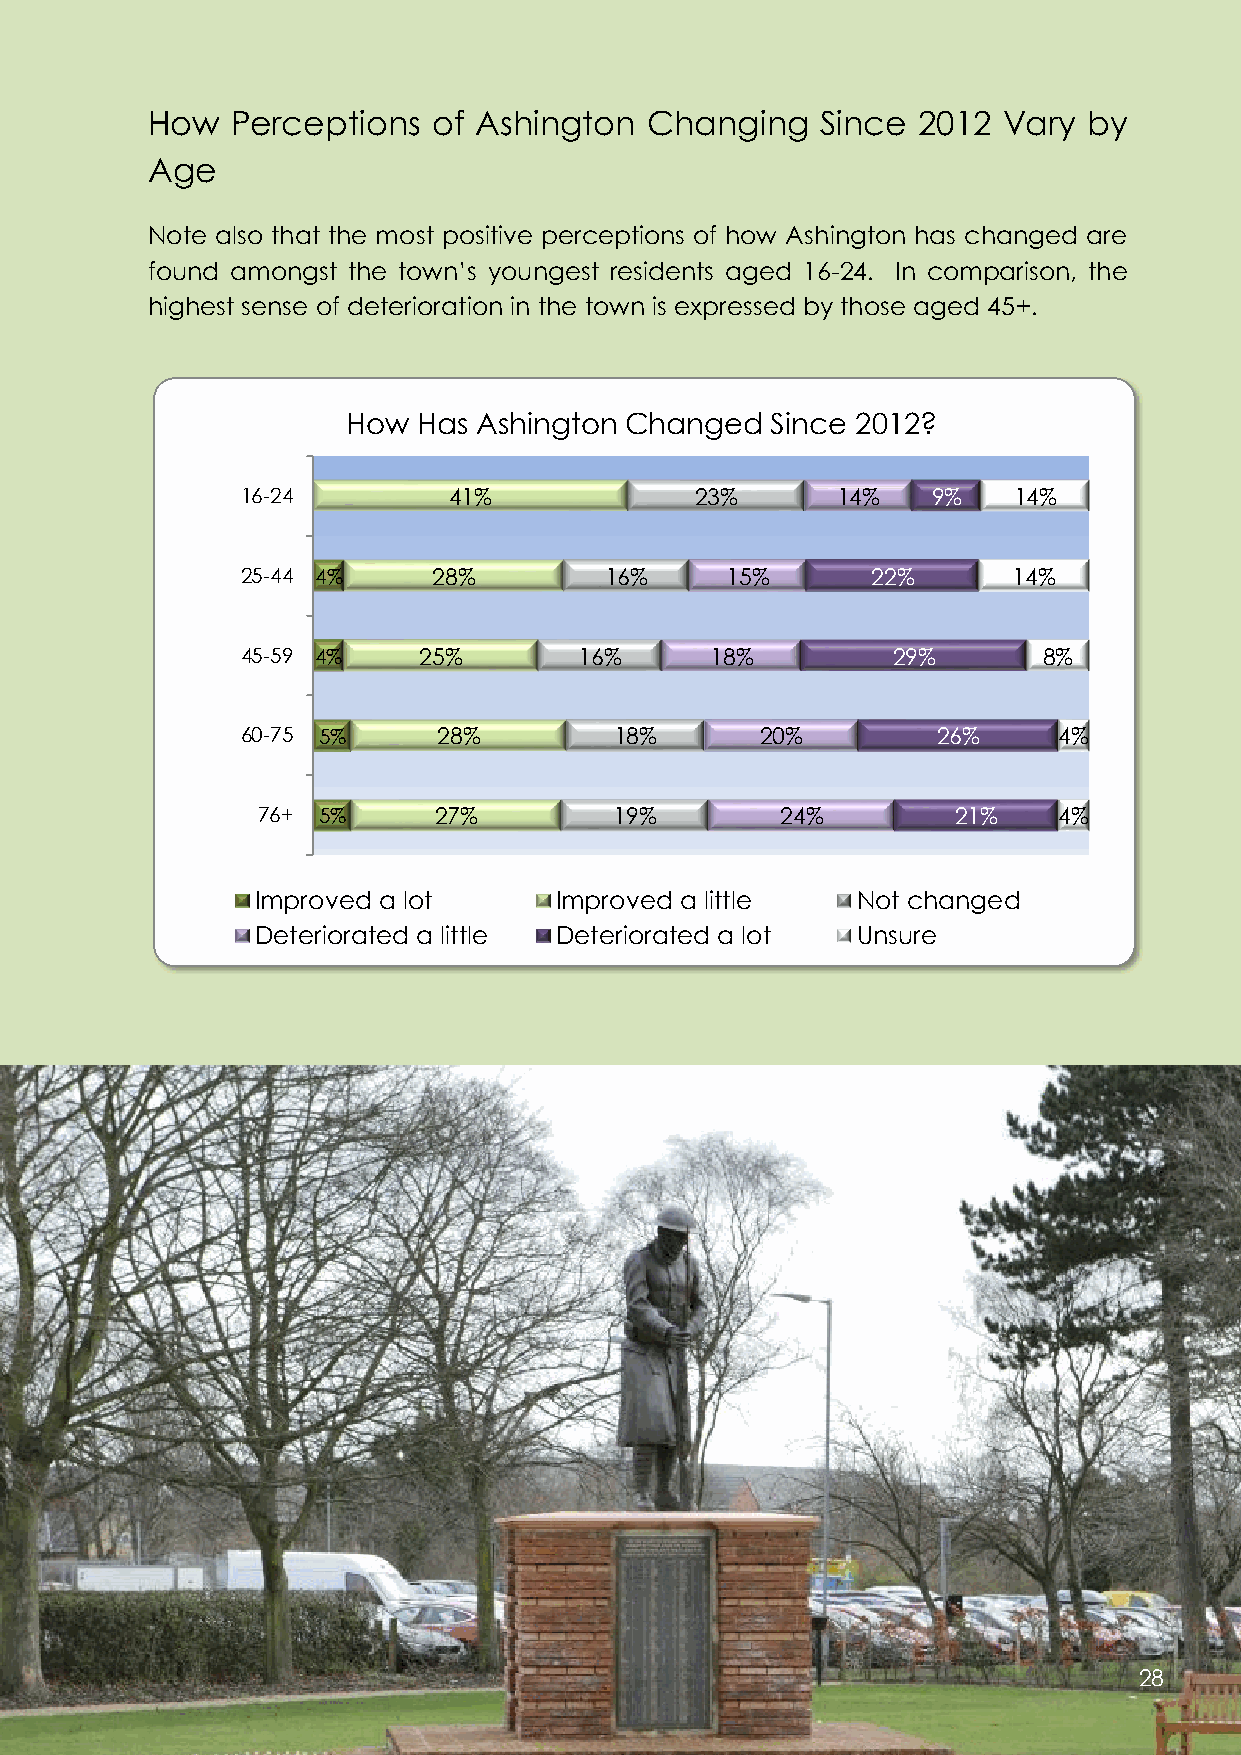
How  Perceptions   of Ashington  Changing   Since  2012 Vary  by
 Age
 Note also that the most positive perceptions of how Ashington has changed are
 found amongst the town’s youngest residents aged 16-24. In comparison, the
 highest sense of deterioration in the town is expressed by those aged 45+.
 How  Has Ashington Changed  Since 2012?
 16-24         41%             23%      14%    9%   14%
 25-44 4%     28%        16%     15%       22%      14%
 45-59 4%    25%       16%      18%         29%       8%
 60-75 5%     28%         18%      20%         26%     4%
 76+ 5%      27%         19%        24%        21%    4%
 Improved a lot      Improved a little   Not changed
 Deteriorated a little Deteriorated a lot Unsure
 28
 28